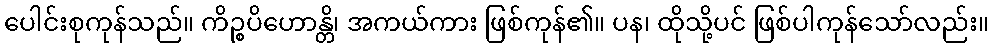
ပေါင်းစုကုန်သည်။ ကိဉ္စပိဟောန္တိ၊ အကယ်ကား ဖြစ်ကုန်၏။ ပန၊ ထိုသို့ပင် ဖြစ်ပါကုန်သော်လည်း။